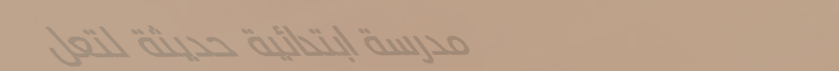
مدرسة ابتدائية حديثة لتعل